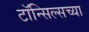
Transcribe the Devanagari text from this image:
टॉन्सिल्सच्या